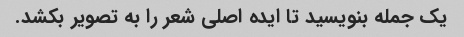
یک جمله بنویسید تا ایده اصلی شعر را به تصویر بکشد.